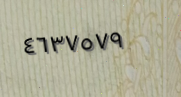
٤٦٣٧٥٧٩